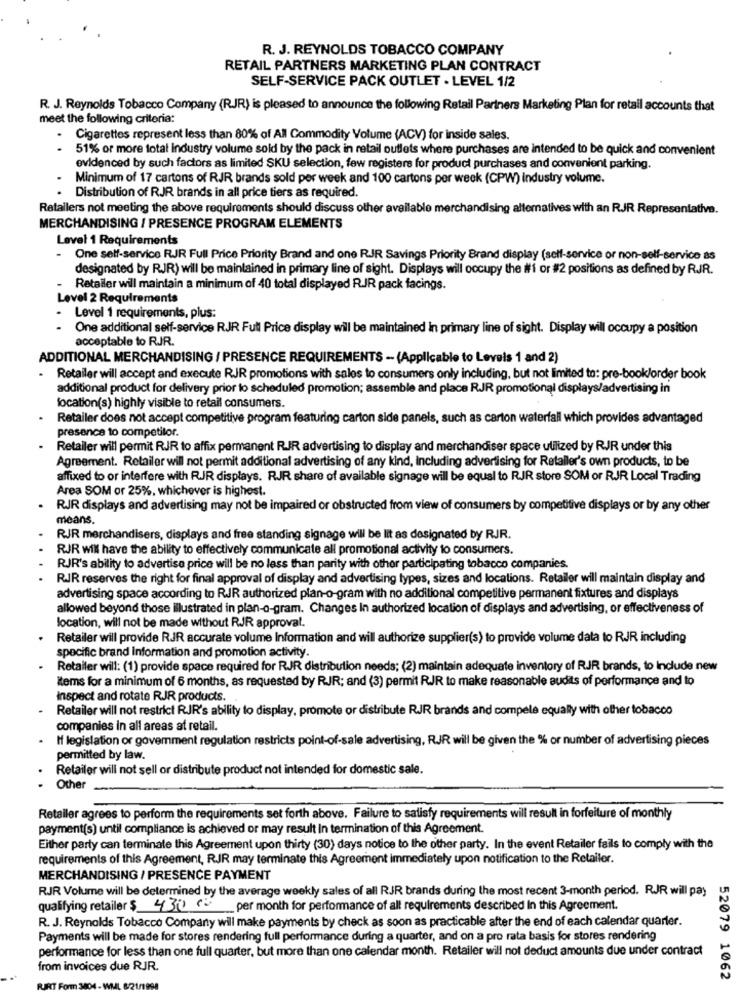
R. J. REYNOLDS TOBACCO COMPANY
RETAIL PARTNERS MARKETING PLAN CONTRACT
SELF-SERVICE PACK OUTLET - LEVEL 1/2
R. J. Reynolds Tobacco Company (RJR) is pleased to announce the following Retail Partners Marketing Plan for retail accounts that
meet the following criteria:
. Cigarettes represent less than 80% of All Commodity Volume (ACV) for inside sales.
51% or more total industry volume sold by the pack in retail outlets where purchases are intended to be quick and convenient
evidenced by such factors as limited SKU selection, few registers for product purchases and convenient parking.
Minimum of 17 cartons of RJR brands sold per week and 100 cartons per week (CPW) industry volume.
Distribution of RJR brands in all price tiers as required.
Retailers not meeting the above requirements should discuss other available merchandising alternatives with an RJR Representative.
MERCHANDISING / PRESENCE PROGRAM ELEMENTS
Level 1 Requirements
One self-service RJR Full Price Priority Brand and one RJR Savings Priority Brand display (self-service or non-self-service as
designated by RJR) will be maintained in primary line of sight. Displays will occupy the #1 or #2 positions as defined by RJR.
Retailer will maintain a minimum of 40 total displayed RJR pack facings.
Level 2 Requirements
Level 1 requirements, plus:
One additional self-service RJR Full Price display will be maintained In primary line of sight. Display will occupy a position
acceptable to RJR.
ADDITIONAL MERCHANDISING / PRESENCE REQUIREMENTS - (Applicable to Levels 1 and 2)
Retailer will accept and execute RJR promotions with sales to consumers only including, but not limited to: pre-book/order book
additional product for delivery prior to scheduled promotion; assemble and place RJR promotional displays/advertising in
location(s) highly visible to retail consumers.
Retailer does not accept competitive program featuring carton side panels, such as carton waterfall which provides advantaged
presence to competitor.
Retailer will permit RJR to affix permanent RIR advertising to display and merchandiser space utilized by RJR under this
Agreement. Retailer will not permit additional advertising of any kind, Including advertising for Retailer's own products, to be
affixed to or interfere with RJR displays. RJJR share of available signage will be equal to RJR store SOM or RJJR Local Trading
Area SOM or 25%, whichever is highest.
RJR displays and advertising may not be impaired or obstructed from view of consumers by competitive displays or by any other
means.
RJR merchandisers, displays and free standing signage will be lit as designated by RJR.
RJR will have the ability to effectively communicate all promotional activity to consumers.
RJR's ability to advertise price will be no less than parity with other participating tobacco companies.
RJR reserves the right for final approval of display and advertising types, sizes and locations. Retailer will maintain display and
advertising space according to RJR authorized plan-o-gram with no additional competitive permanent fixtures and displays
allowed beyond those illustrated in plan-o-gram. Changes In authorized location of displays and advertising, or effectiveness of
location, will not be made without RJR approval.
Retailer will provide RJR accurate volume Information and will authorize supplier(s) to provide volume data to RJR including
specific brand Information and promotion activity.
Retailer will: (1) provide space required for RJR distribution needs; (2) maintain adequate inventory of RJR brands, to Include new
items for a minimum of 6 months, as requested by RJR; and (3) permit RJR to make reasonable audits of performance and to
inspect and rotate RJR products.
Retailer will not restrict RJR's ability to display, promote or distribute RJR brands and compele equally with other tobacco
companies in all areas at retail.
If legislation or goverment regulation restricts point-of-sale advertising, RJJR will be given the % or number of advertising pieces
permitted by law.
Retailer will not sell or distribute product not intended for domestic sale.
Other
Retailer agrees to perform the requirements set forth above. Failure to satisfy requirements will result in forfeiture of monthly
payment(s) until compliance is achieved or may result in termination of this Agreement.
Either party can terminate this Agreement upon thirty (30) days notice to the other party. In the event Retailer fails to comply with the
requirements of this Agreement, RJR may terminate this Agreement immediately upon notification to the Retailer.
MERCHANDISING / PRESENCE PAYMENT
RJR Volume will be determined by the average weekly sales of all RJR brands during the most recent 3-month period. RJR will pay
qualifying retailer $ 4300 per month for performance of all requirements described in this Agreement.
R. J. Reynolds Tobacco Company will make payments by check as soon as practicable after the end of each calendar quarter.
Payments will be made for stores rendering full performance during a quarter, and on a pro rata basis for stores rendering
performance for less than one full quarter, but more than one calendar month. Retailer will not deduct amounts due under contract
from invoices due RJR.
52079 1062
RUJRT Form 3804 - WML 8/21/1998